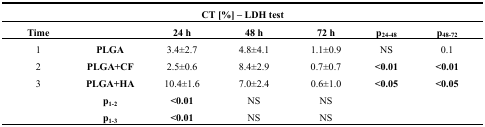
| <COLSPAN=7> CT [%] – LDH test |
 | Time |  | 24 h | 48 h | 72 h | p24–48 | p48–72 |
 | --- | --- | --- | --- | --- | --- | --- |
 | 1 | PLGA | 3.4±2.7 | 4.8±4.1 | 1.1±0.9 | NS | 0.1 |
 | 2 | PLGA+CF | 2.5±0.6 | 8.4±2.9 | 0.7±0.7 | <0.01 | <0.01 |
 | 3 | PLGA+HA | 10.4±1.6 | 7.0±2.4 | 0.6±1.0 | <0.05 | <0.05 |
 |  | p1–2 | <0.01 | NS | NS |  |  |
 |  | p1–3 | <0.01 | NS | NS |  |  |